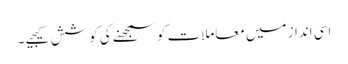
اسی انداز میں معاملات کو سمجھنے کی کوشش کیجیے ۔